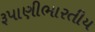
રૂપાણીભારતીય